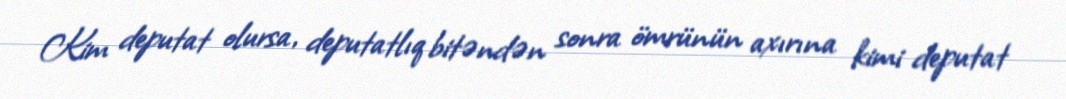
Kim deputat olursa, deputatlıq bitəndən sonra ömrünün axırına kimi deputat